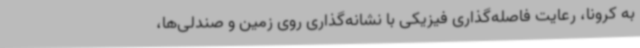
به کرونا، رعایت فاصله‌گذاری فیزیکی با نشانه‌گذاری روی زمین و صندلی‌ها،